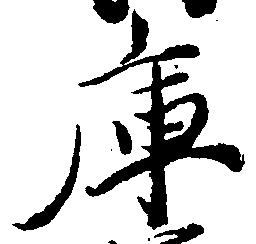
庫